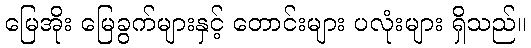
မြေအိုး မြေခွက်များနှင့် တောင်းများ ပလုံးများ ရှိသည်။